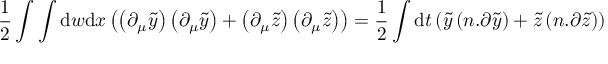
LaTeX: \frac { 1 } { 2 } \int \int \mathrm { d } w \mathrm { d } x \left( \left( \partial _ { \mu } \tilde { y } \right) \left( \partial _ { \mu } \tilde { y } \right) + \left( \partial _ { \mu } \tilde { z } \right) \left( \partial _ { \mu } \tilde { z } \right) \right) = \frac { 1 } { 2 } \int \mathrm { d } t \left( \tilde { y } \left( n . \partial \tilde { y } \right) + \tilde { z } \left( n . \partial \tilde { z } \right) \right)